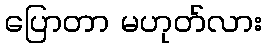
ပြောတာ မဟုတ်လား